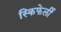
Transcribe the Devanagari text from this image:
स्किफेर्ली